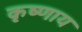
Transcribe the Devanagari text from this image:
कृष्णाय